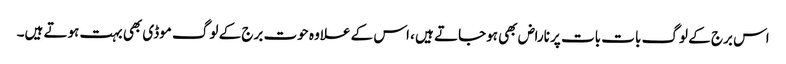
اس برج کے لوگ بات بات پر ناراض بھی ہوجاتے ہیں ، اس کے علاوہ حوت برج کے لوگ موڈی بھی بہت ہوتے ہیں۔